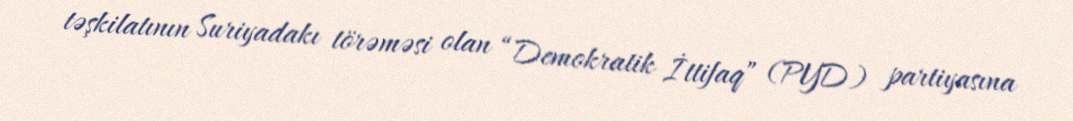
təşkilatının Suriyadakı törəməsi olan “Demokratik İttifaq” (PYD) partiyasına